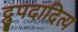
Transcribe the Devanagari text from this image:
द्रुपदादित्य